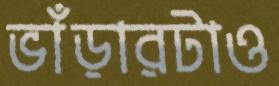
ভাঁড়ারটাও